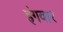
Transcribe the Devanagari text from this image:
इंगवार